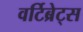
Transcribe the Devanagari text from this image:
वर्टिब्रेट्स